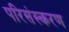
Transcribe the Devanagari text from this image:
परिसंस्करण